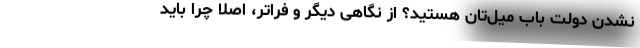
نشدن دولت باب میل‌تان هستید؟ از نگاهی دیگر و فراتر، اصلا چرا باید